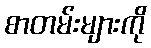
စာတမ်းများကို